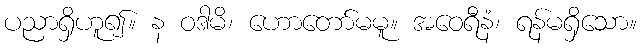
ပညာရှိဟူ၍။ န ဝဒါမိ၊ ဟောတော်မမူ။ အဝေရီနံ၊ ရန်မရှိသော။